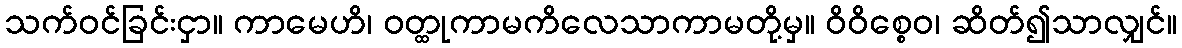
သက်ဝင်ခြင်းငှာ။ ကာမေဟိ၊ ဝတ္ထုကာမကိလေသာကာမတို့မှ။ ဝိဝိစ္စေဝ၊ ဆိတ်၍သာလျှင်။